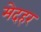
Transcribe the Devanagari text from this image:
मेदहर